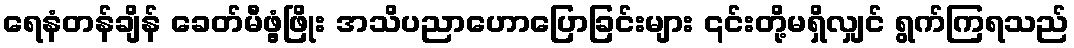
ရေနံတန်ချိန် ခေတ်မီဖွံ့ဖြိုး အသိပညာဟောပြောခြင်းများ ၎င်းတို့မရှိလျှင် ရွက်ကြရသည်